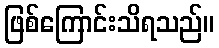
ဖြစ်ကြောင်းသိရသည်။